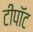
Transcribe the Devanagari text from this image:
टीपॉट